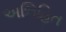
અભિહિત